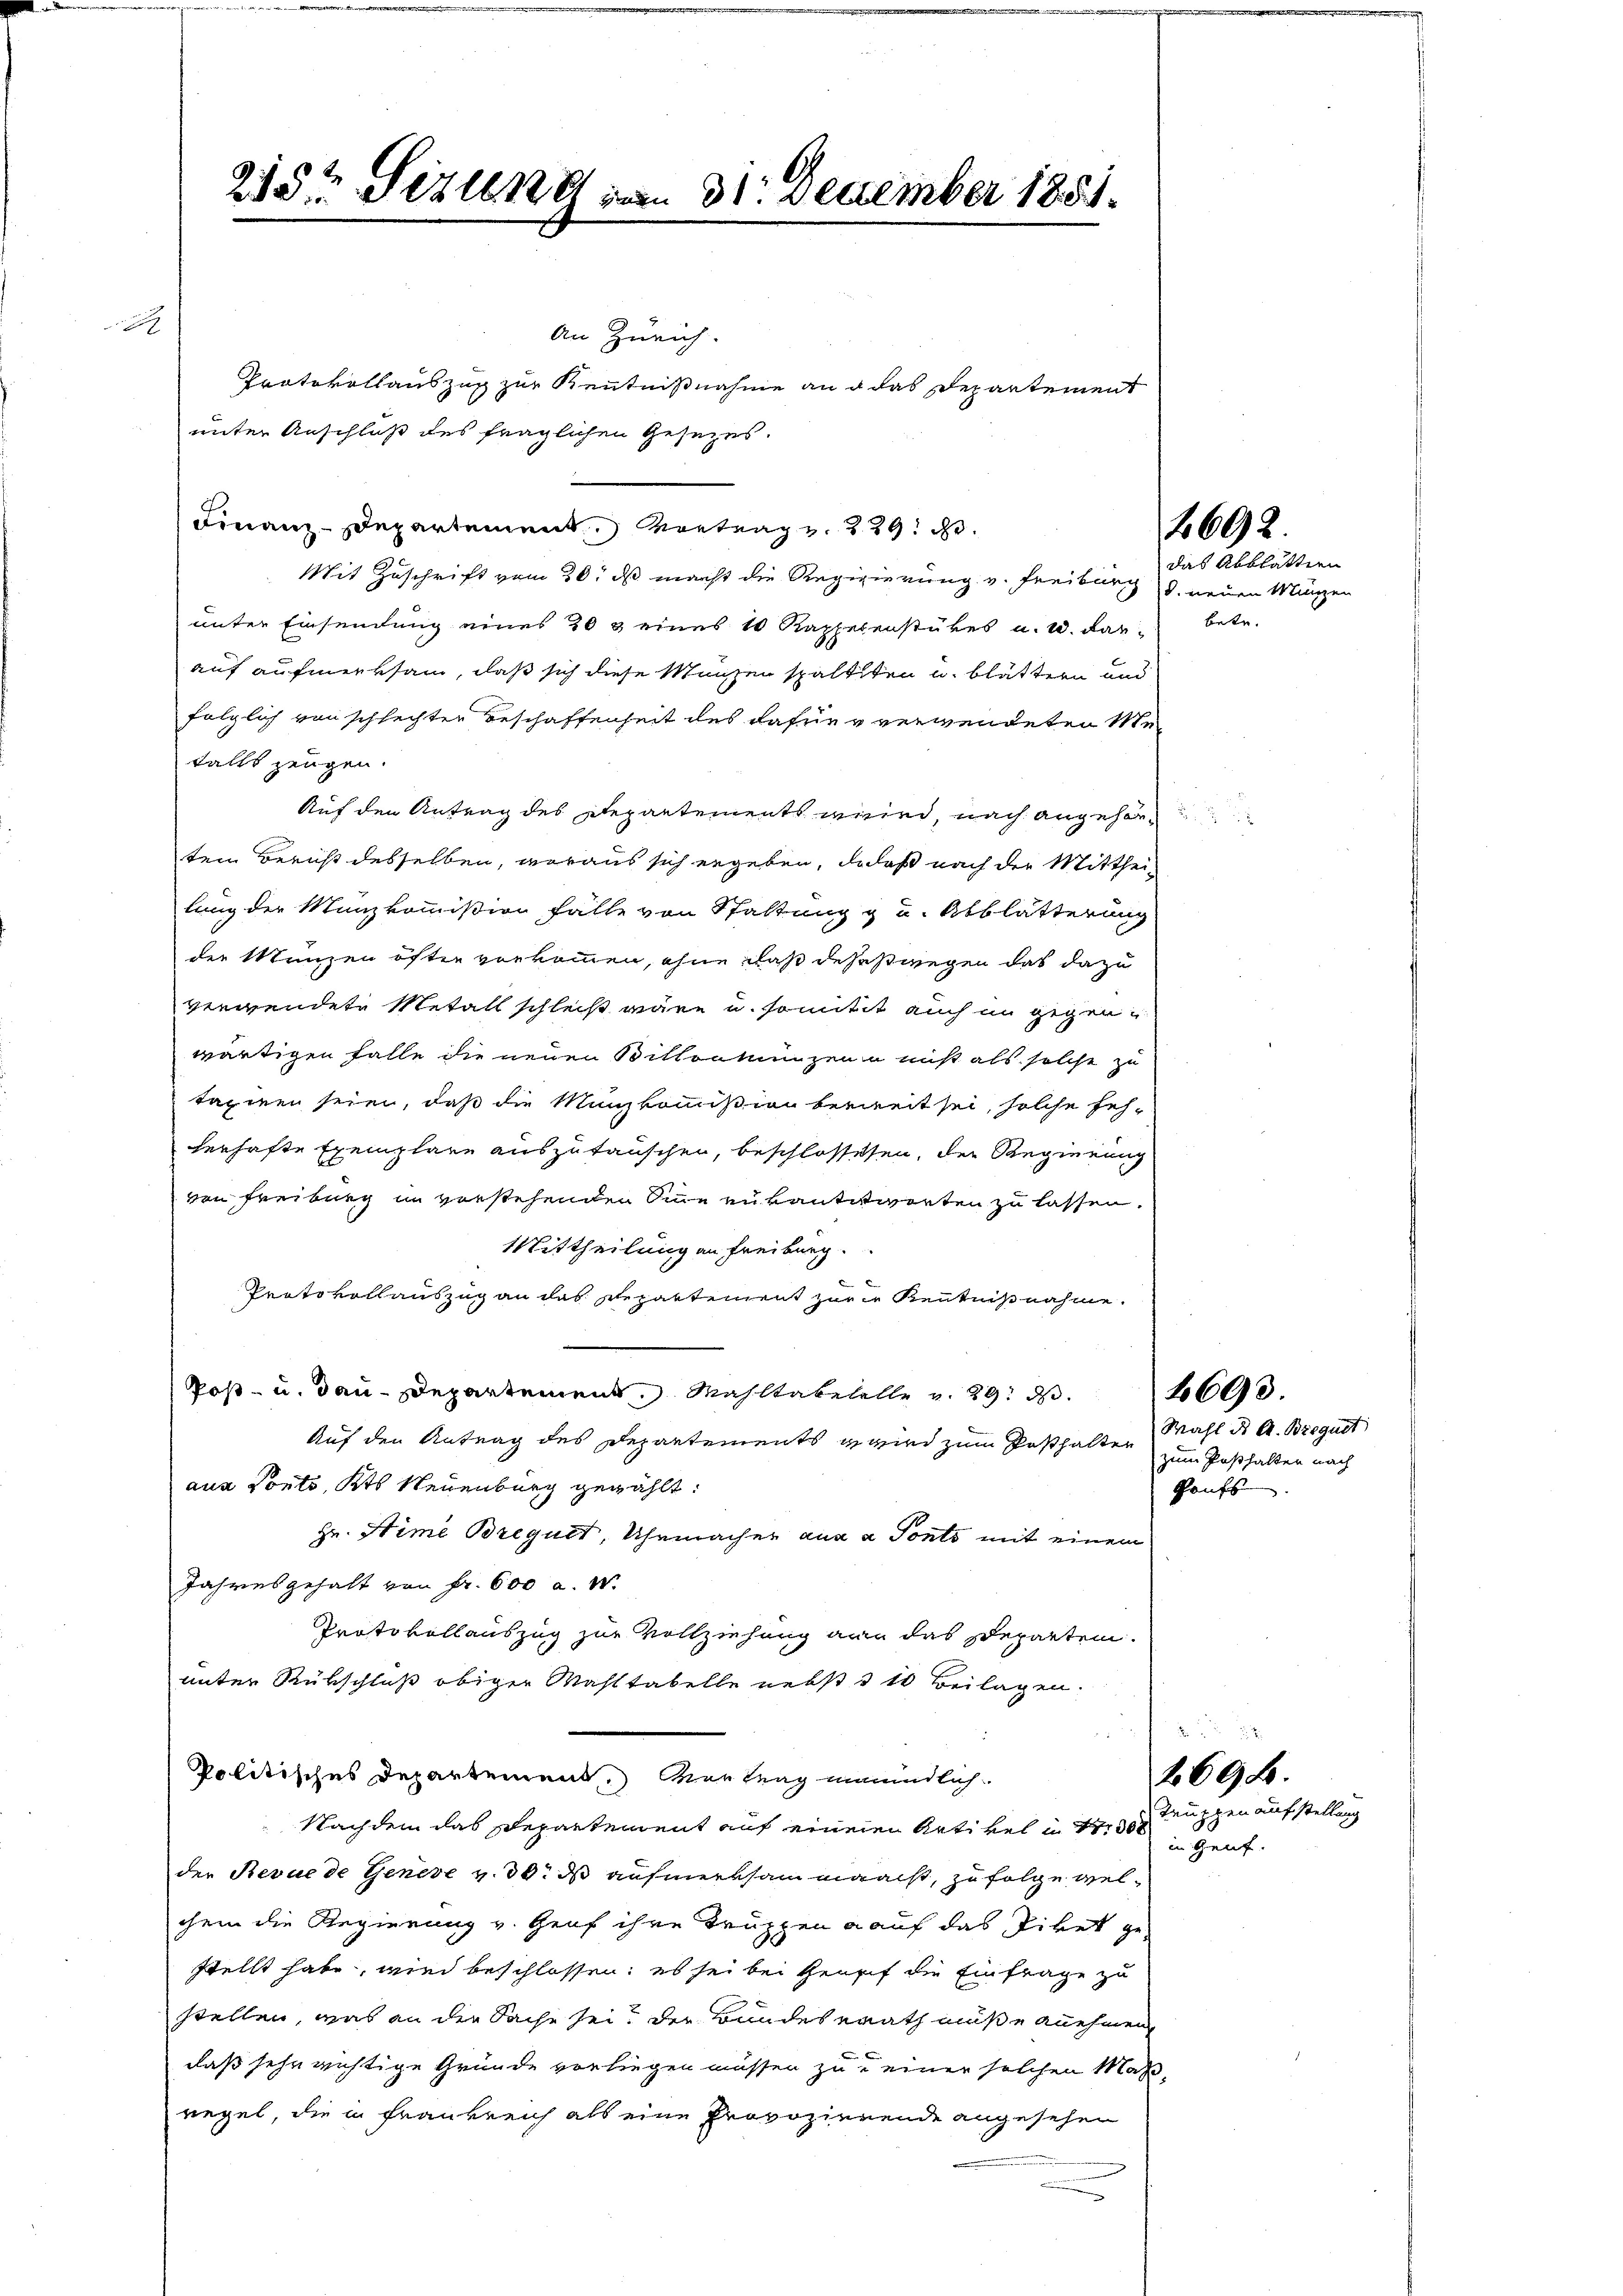
x

unter Anschluß des fraglichen Gesezes.
Mit Zuschrift vom 20. ds macht die Regigierung v. Freiburg u. neuen Münzen
unter Einsendung eines 208 eines 10 Raphesenstükes u. 2. dar betr.
auf aufmerksam, daß sich diese Massen spaltlten u. blättern und
folglich von schlechter Beschaffenheit des dafuer verwendeten Me
falls zeugen.
Auf den Antrag des Departements wird, nach angehörtem Bericht desselben, woraus sich ergeben, da daß nach der Mittheilung der Manzkommißion fälle von Stattung & u. Abblätterung
der Manzen öfter verkommen, ohne daß deheßwegen das dazu
verwendete Metall schleiß wäre u. somitit auch im gegen u
wärtigen Falle die neuen Bittenmunzen u nicht als solche zu
taxiren seien, daß die Münzkommißion bereit sei, solche feh-
verhafte Exemplare auszutauschen, beschlossesen, der Regierung
von Freiburg in verstehenden Sinne entantiierten zu lassen.
Mittheilung an Freiburg.
Prato vollauszug an das Repartement zur Kenntnißnahme.
Post- u. dau-Departement. Wahltabelelle v. 29. d.
Auf den Antrag des Departements wird zum Posthalten Wahl ds A. Bregust
aus Ponto, Kts Neuenburg gewählt:
Hr. Nime Brequet, Uhrmacher aus a Ponto mit einem
Jahresgehalt von Fr. 600 a. W.
Protokollauszug zur Vollziehung an das Departen.
unter Rükschluß obiger Masttabelle nebst 3 10 Beilagen.
Politisches Departement. Vertrag meindlich
Nachdem das Departement auf einer Artikel u. 130
der Revue de Geneve v. 30. ds aufmerksam maacht, zu folge welchem die Regierung v. Graf ihre Truppen auf das Piket gestellt habe, wird beschlossen; es sei bei Genf die Einfrage zu
stellen, was an der Sache sei, der Bundesrath müße annehmen
daß sehr wichtige Gründe vorliegen müssen zu einer solchen Maßregel, die in Frankreich als eine Provozierende angesehen

215t Sizung von 31. December 1851.

An Zürich.
Protokollauszug zur Kenntnißnahme an d das Departement

Finanz-Departement. Vortrag v. 229. d.

4692.

das Abblätten

zum Posthalten nach
Kaufs

2693.

269.
Truppen aufstellung

in Genf.